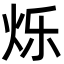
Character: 烁